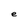
Character: e